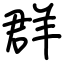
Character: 群